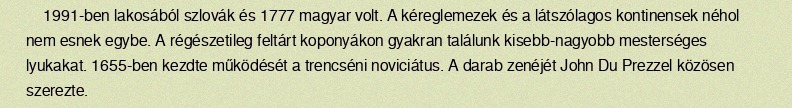
1991-ben lakosából szlovák és 1777 magyar volt. A kéreglemezek és a látszólagos kontinensek néhol nem esnek egybe. A régészetileg feltárt koponyákon gyakran találunk kisebb-nagyobb mesterséges lyukakat. 1655-ben kezdte működését a trencséni noviciátus. A darab zenéjét John Du Prezzel közösen szerezte.